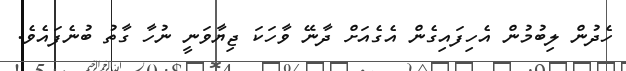
ހެދުން ލިބުމުން އެހިފައިގެން އެގެއަށް ދާނޭ ވާހަކަ ޖިޔާވަނީ ނުހާ ގާތު ބުނެފައެވެ.